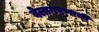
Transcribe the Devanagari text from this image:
बेलागपणाची